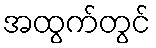
အထွက်တွင်